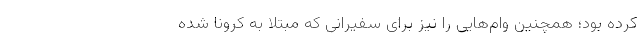
کرده بود؛ همچنین وام‌هایی را نیز برای سفیرانی که مبتلا به کرونا شده